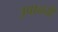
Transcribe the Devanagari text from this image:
उपान्त्यी